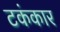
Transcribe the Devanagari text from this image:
टकंकार